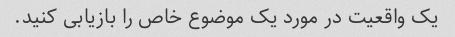
یک واقعیت در مورد یک موضوع خاص را بازیابی کنید.